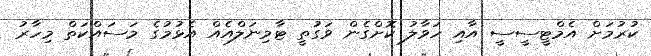
ކުރުމަށް އެމްޓީސީސީ އާއި ހަވާލު ކޮށްގެން ވަގުތީ ޓާމިނަލްއެއް އެޅުމުގެ މަސައްކަތް މިހާރު